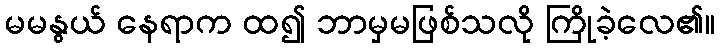
မမနွယ် နေရာက ထ၍ ဘာမှမဖြစ်သလို ကြိုခဲ့လေ၏။